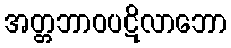
အတ္တဘာဝပဋိလာဘော